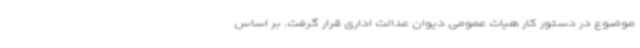
موضوع در دستور کار هیات عمومی دیوان عدالت اداری قرار گرفت. بر اساس